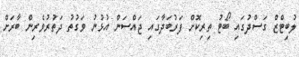
ލުބިޓްޒް ގަސްދުގައި ބޯޓު ތިރިކޮށް ފަރުބަދާގައި ޖައްސަން އުޅުނު ވަގުތު ދަތުރުވެރިން ބާރަށް